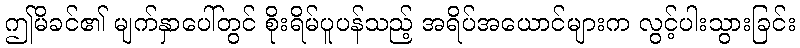
ဤမိခင်၏ မျက်နှာပေါ်တွင် စိုးရိမ်ပူပန်သည့် အရိပ်အယောင်များက လွင့်ပါးသွားခြင်း